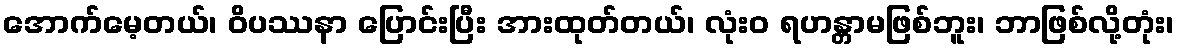
အောက်မေ့တယ်၊ ဝိပဿနာ ပြောင်းပြီး အားထုတ်တယ်၊ လုံးဝ ရဟန္တာမဖြစ်ဘူး၊ ဘာဖြစ်လို့တုံး၊